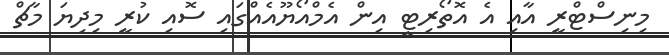
މިނިސްޓްރީ އާއި އެ އޮތޯރިޓީ އިން އެމްއޯޔޫއެއްގައި ސޮއި ކުރީ މިދިޔަ މާޗް